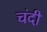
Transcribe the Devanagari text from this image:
चंदी